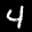
Label: 4